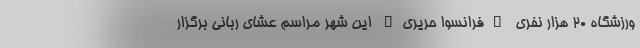
ورزشگاه ۲۰ هزار نفری "فرانسوا حریری" این شهر مراسم عشای ربانی برگزار